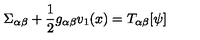
\Sigma _ { \alpha \beta } + \frac { 1 } { 2 } g _ { \alpha \beta } v _ { 1 } ( x ) = T _ { \alpha \beta } [ \psi ]